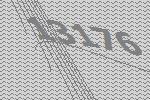
13176